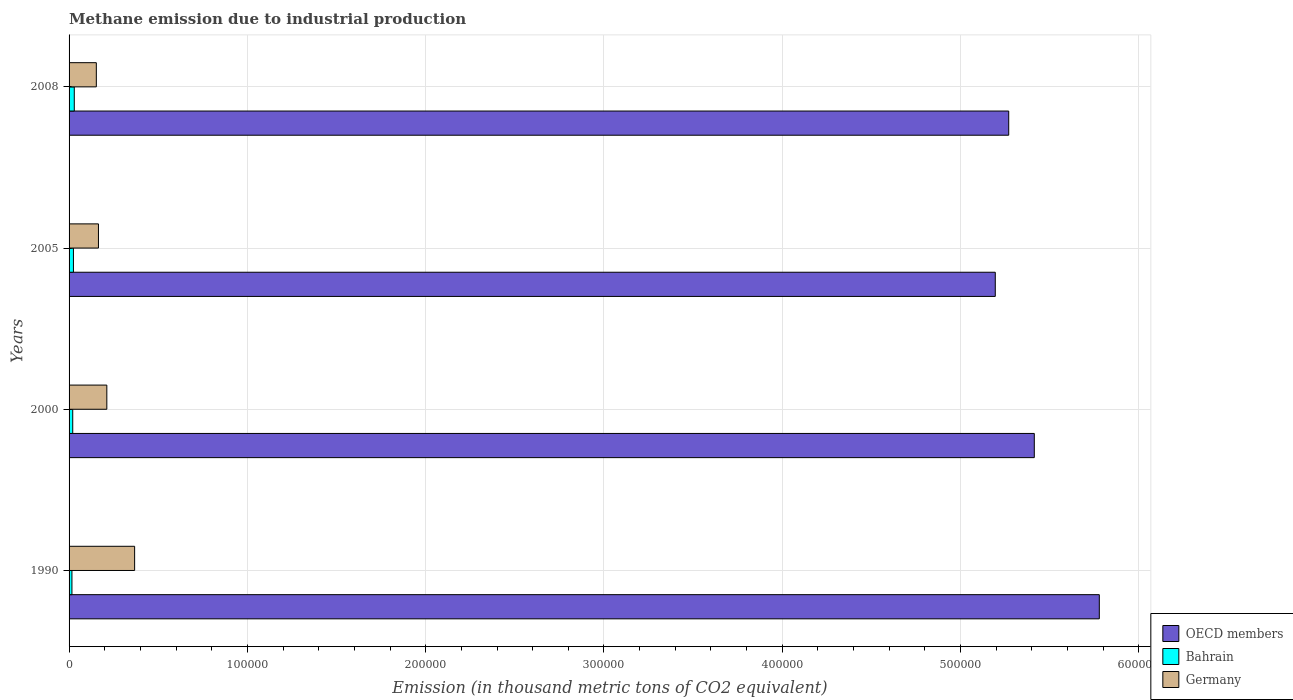
| Years | OECD members | Bahrain | Germany |
 | --- | --- | --- | --- |
 | 1990 | 5.78e+05 | 1.61e+03 | 3.68e+04 |
 | 2000 | 5.41e+05 | 2.05e+03 | 2.12e+04 |
 | 2005 | 5.19e+05 | 2.45e+03 | 1.65e+04 |
 | 2008 | 5.27e+05 | 2.92e+03 | 1.53e+04 |